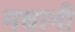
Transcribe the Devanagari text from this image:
मधानी